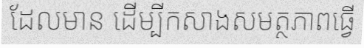
ដែលមាន ដើម្បីកសាងសមត្ថភាពធ្វើ